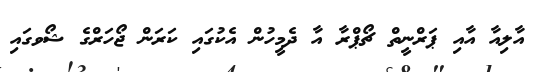
އާލިއާ އާއި ޕަރްނީތް ޗޯޕްރާ އާ ދެމީހުން އެކުގައި ކަރަން ޖޯހަރްގެ ޝޯވގައި